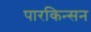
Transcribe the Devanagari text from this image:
पारकिन्सन